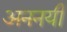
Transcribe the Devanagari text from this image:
अननयी